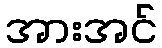
အားအင်